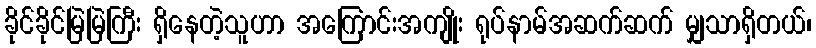
ခိုင်ခိုင်မြဲမြဲကြီး ရှိနေတဲ့သူဟာ အကြောင်းအကျိုး ရုပ်နာမ်အဆက်ဆက် မျှသာရှိတယ်၊